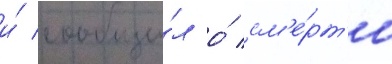
и́ сообщи́л о́ см'е́рт'и